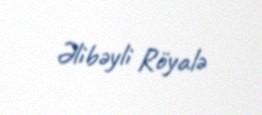
Əlibəyli Röyalə